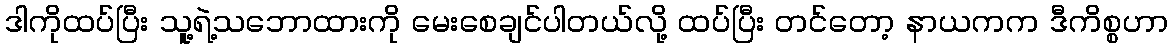
ဒါကိုထပ်ပြီး သူ့ရဲ့သဘောထားကို မေးစေချင်ပါတယ်လို့ ထပ်ပြီး တင်တော့ နာယကက ဒီကိစ္စဟာ